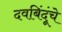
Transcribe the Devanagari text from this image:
दवबिंदूंचे